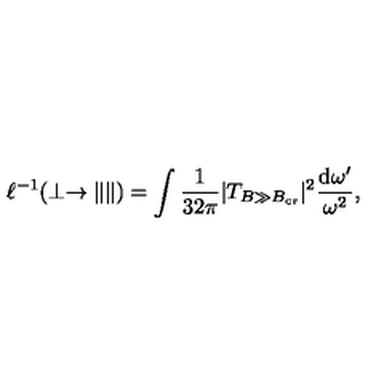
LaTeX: \ell ^ { - 1 } ( \perp \to \| \| ) = \int \frac { 1 } { 3 2 \pi } | T _ { B \gg B _ { \mathrm { c r } } } | ^ { 2 } \frac { \mathrm { d } \omega ^ { \prime } } { \omega ^ { 2 } } ,